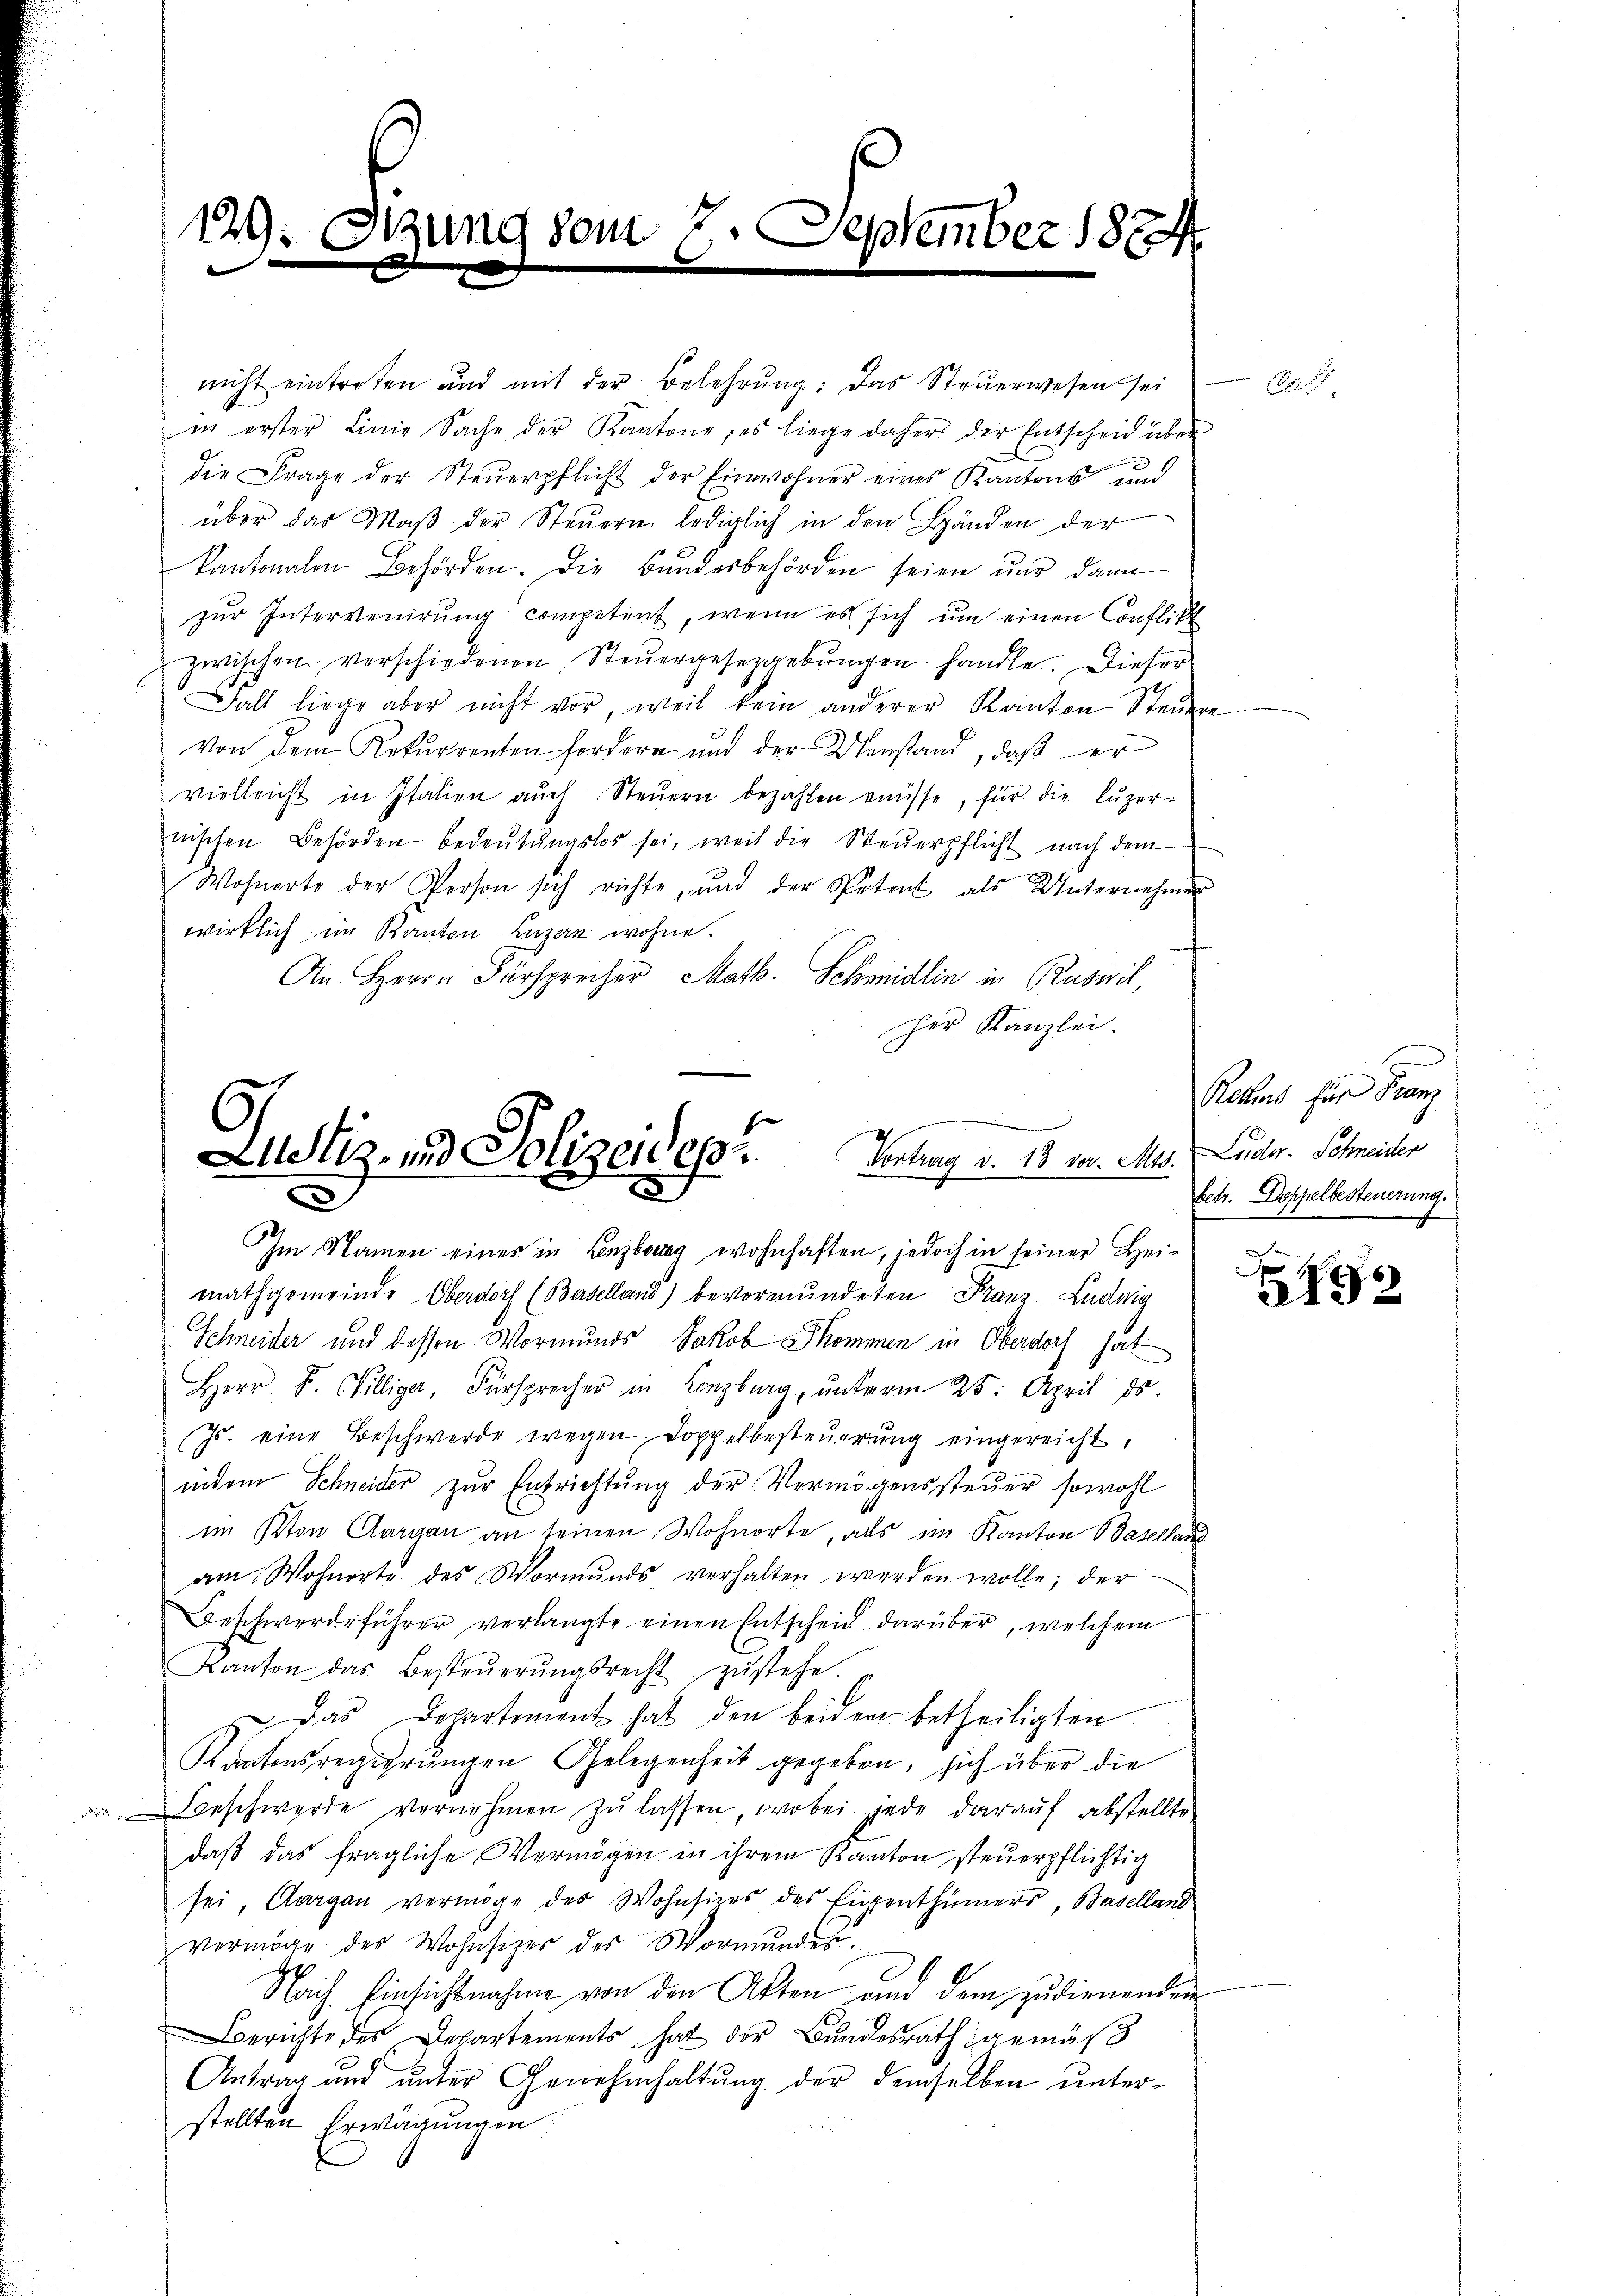
129: Setzune
be

nicht eintreten und mit der Belehrung: das Steŭerwesen sei
in erster Linie Sache der Kantone; es liege daher der Entscheid über
d
die Frage der Steŭerpflicht der Einwohner eines Kantons und
über das Maβ der Steŭern lediglich in den Händen der
kantonalen Behörden. Die Bundesbehörden seien nur dann
zŭr Intervenirung competent, wenn es sich um einen Conflikt
zwischen verschiedenen Steŭergesetzgebungen handle. Dieser
Fall liege aber nicht vor, weil kein anderer Kanton Steŭere
von dem Rekurrenten fordern und der Umstand, daß er
vielleicht in Italien aŭch Steŭern bezahlen müsse, für die luzernischen Behörden bedeŭtŭngslos sei, weil die Steŭerpflicht nach dem
Wohnorte der Person sich richte, und der Patent als Unternehmen
wirklich im Kanton Luzern wohne.
An Herrn Fürsprecher Math. Schmidlin in Ruswil,
her Kanzlei.

vom 7. September 1879.

Justiz- und Polizeides Vortrag v. 18. vor. Mts. Luder. Schneider
.
Im Namen eines in Lenzburg wohnhaften, jedoch in seiner Hei¬

mathgemeinde Oberdorf (Baselland) bevormundeten Franz Ludwig
Schneider und dessen Wormunds Jakob Skommen in Oberdorf hat
Herr. B. Willig, Fürsprecher in Lenzburg, ŭnterm 25. April ds.
Js. eine Beschwerde wegen Doppelbesteuerung eingereicht.
indem Schneider zŭr Entrichtŭng der Vermögenssteŭer sowohl
im Kton Aargau an seinen Wohnorte, als im Kanton Baselland
am Wohnorte des Wormŭnds verhalten werden wolle; der
Beschwerdeführer verlangte einen Entscheid darüber, welchem
Kanton das Besteŭerŭngsrecht zŭstehe.
 Das Departement hat den beiden betheiligten
Kantonsregierungen Gelegenheit gegeben, sich über die
eschwerde vernehmen zu lassen, wobei jede darauf abstellte
daß das fragliche Vermögen in ihrem Kanton steuerpflichtig
sei, Aargau vermöge des Wohnsizes des Eigenthümers, Baselland
vermöge des Wohnsitzer des Vormŭndes.
Nach Einsichtnahme von den Akten und dem zudienenden
Berichte des Departements hat der Bundesrath gemäß
Antrag und unter Genehmhaltung der demselben unterstellten Erwägungen

C.

Rochens für Franz
betr. Doppelbesteuerung.

92